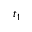
t _ { 1 }